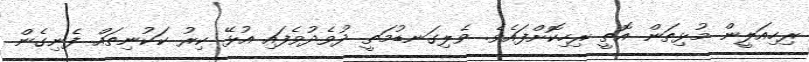
ރިހިއަލީން މުޅިތަން އޮތީ ރިހިކޮށްފައެވެ. ވެލިގަނޑުމަތީ ދުވެދުވެފައި އުޅޭ ކިރު ކަކުނިތައް ފެނިގެން